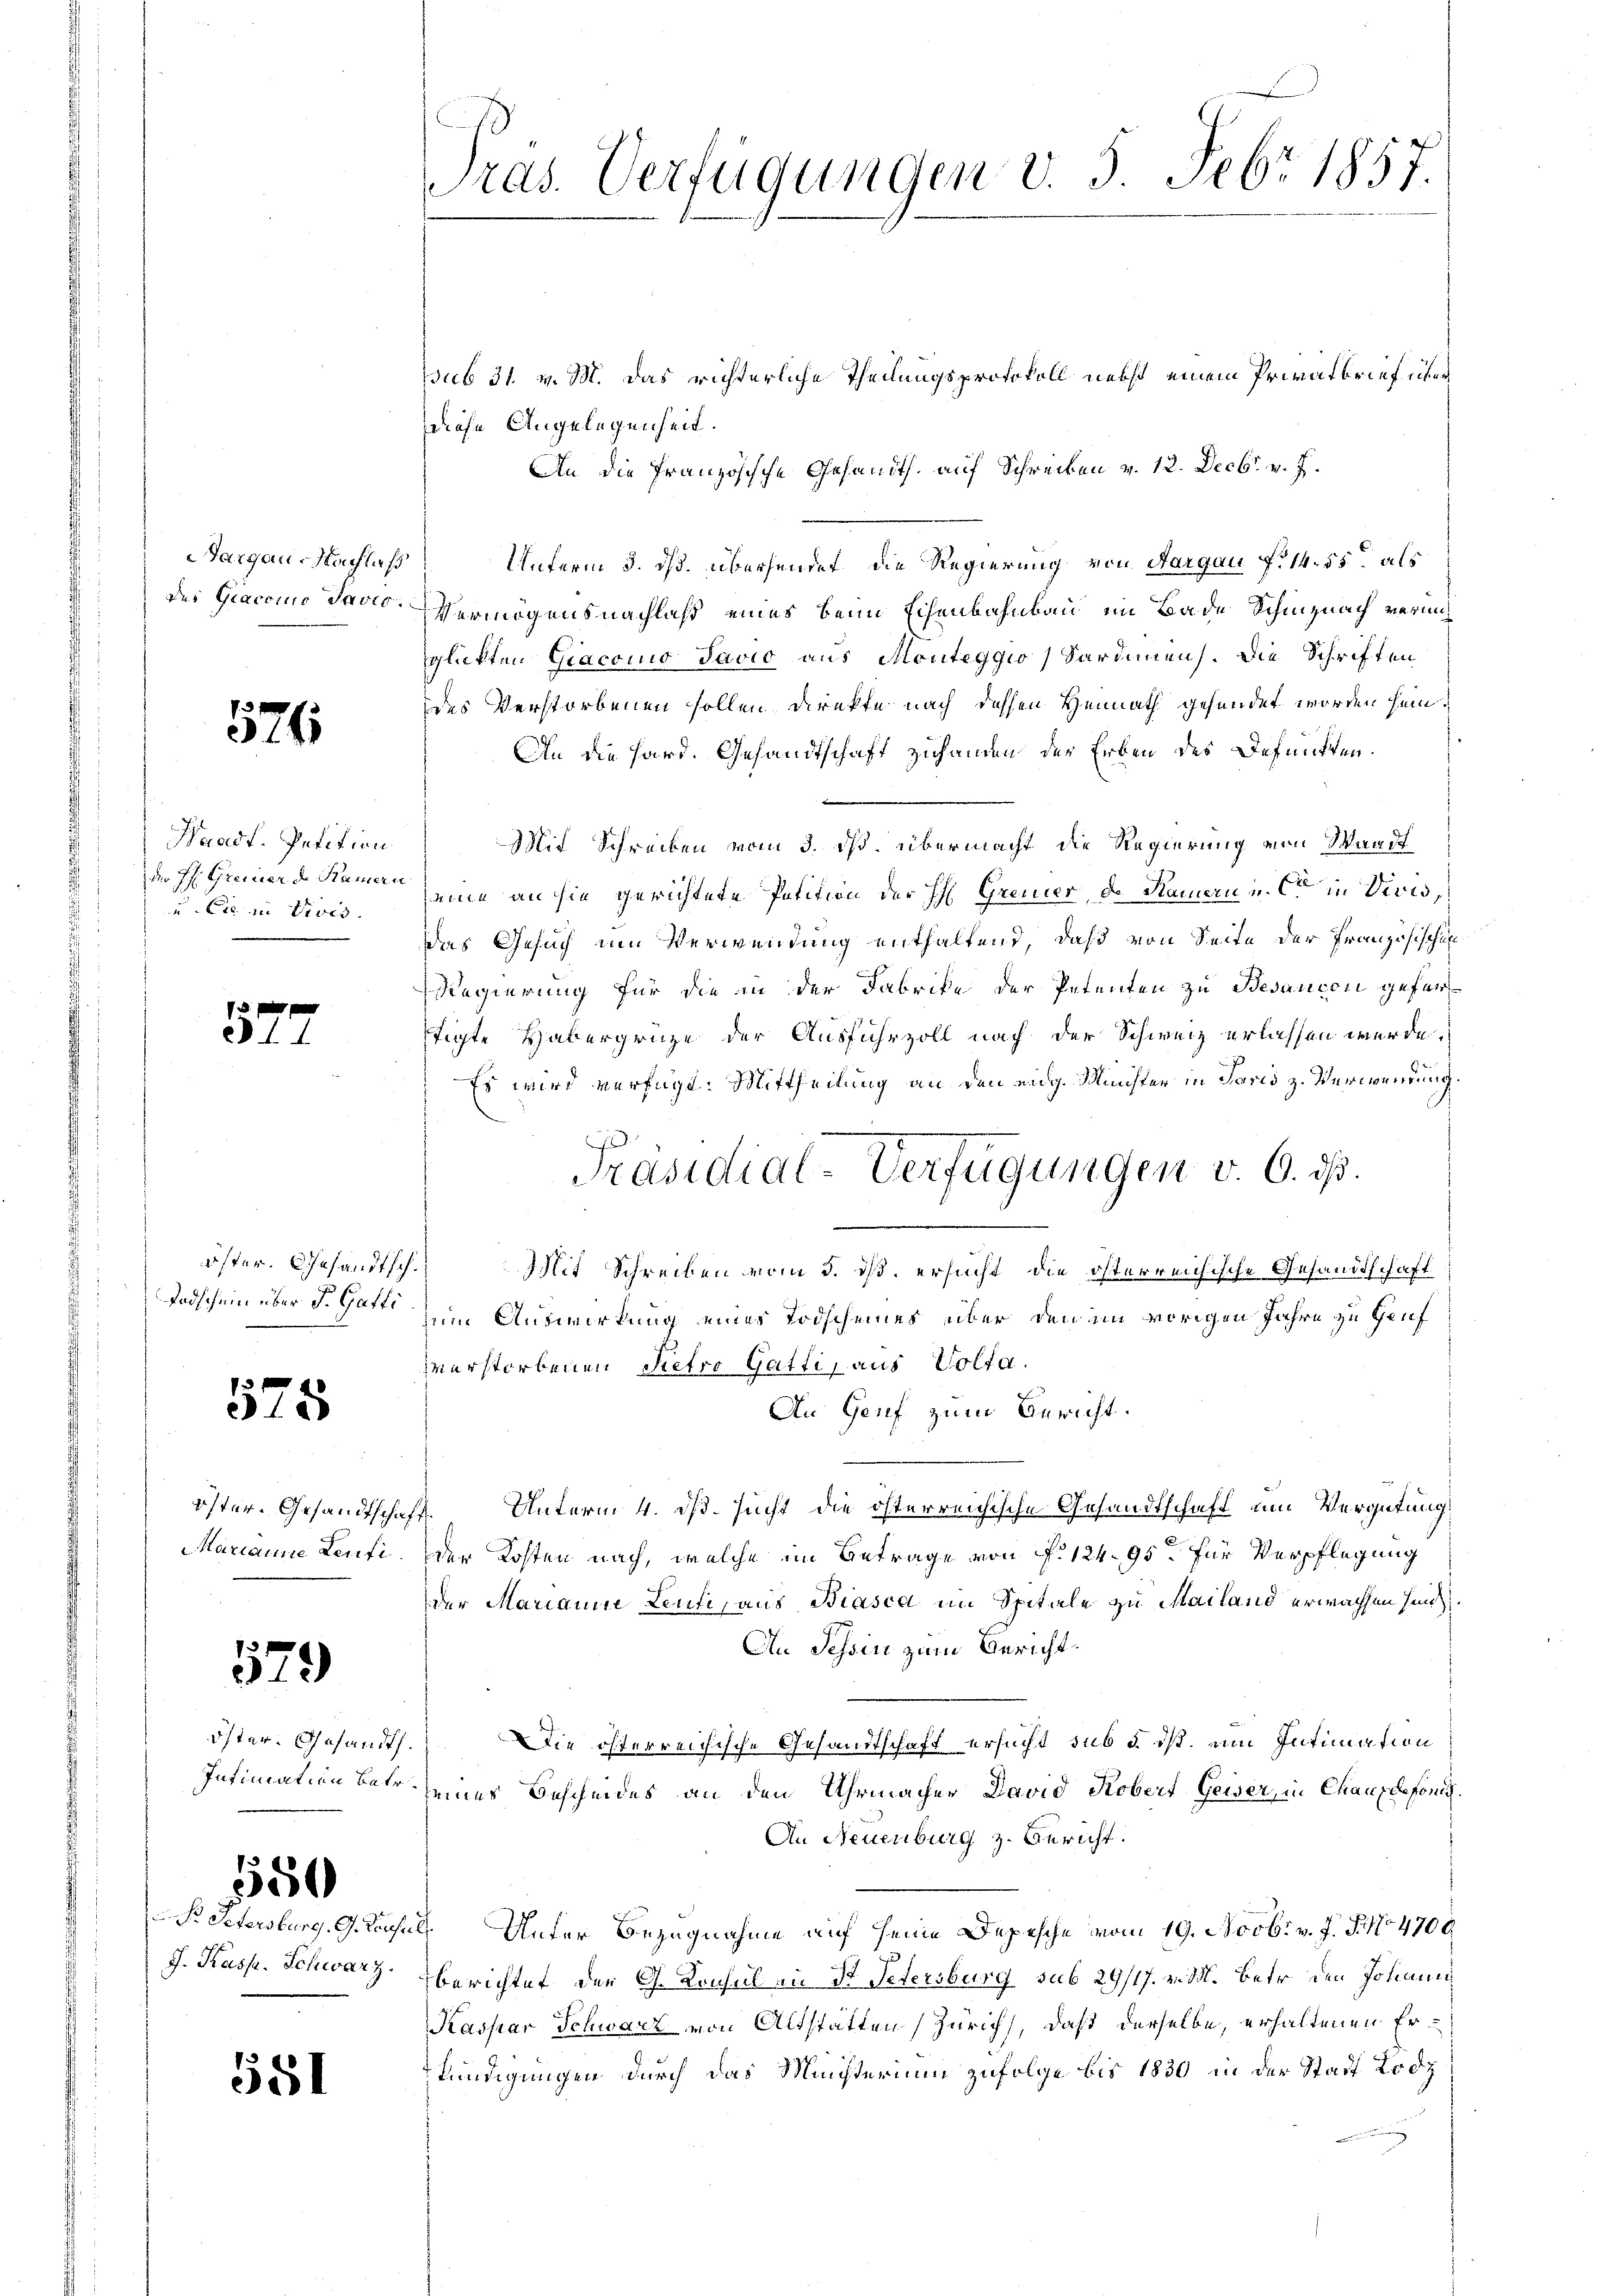
Aargau, Nachlaß
des Gracomo Davio.

576

Waadt, Petition
der H. Greiner de Kamern
u. Cie in Vives.

577

öster. Gesandtsch.
Tadschein über S. Gatti

575

Marianne Leufi

579

Öster. Gesandt.
Intimation betr.

550

P. Petersburg, G. Tousu
J. Kasp. Schwarz.

581

Pras. Verfügungen d. 5. Febr 1857.

ssub 31. v. M. das richterliche Theilungsprotokoll nebst einem Privatbrief über
diese Angelegenheit.
An die Französische Gesandth. auf Schreiben v. 12. Decbr. v. J.
Unterm 3. ds. übersendet die Regierung von Aargau f. 14. 55 als
Vermögensnachlaß eines beim Eisenbahnbau im Bade Schinznach vermi
glickten Giaconio Javio aus Monteggio, Sardinen. Die Schriften
des Verstorbenen sollen, direkte nach dessen Heimath gefundet worden sein.
An die Hard. Gesandtschaft zuhanden der Erben des Befunkten.
Mit Schreiben vom 3. ds. übermacht die Regierung von Waadt
seine an sie gerichtete Petition der H Gremier, d. Kamern u. c. in Divis,
Das Gesuch um Verwendung enthaltend, daß von Seite der Französischen
Regierung für die in der Fabrike der Petenten zu Besaucon geferftigte Habergrüze der Ausfuhrzoll nach der Schweiz erlassen werde.
Es wird verfügt: Mittheilung an den eidg. Münster in Paris z. Verwendung.
Mit Schreiben vom 3. ds. ersucht, die österreichische Gesandtschaft
uin Auswirkung eines Todscheines über den im vorigen Jahre zu Genf
verstorbenen Retro Gatti, aus Volta.
An Genf zum Bericht.
öster. Gesandtschaft. Unterm 4. ds. sucht die österreichische Gesandtschaft um Vergütung
der Kosten nach, welche im Betrage von P. 12495. für Verpflegung
der Marianne Leufi, aus Biasca im Spitale zu Mailand erwachsen sind,
An Schin zum Bericht.
DDie österreichische Gesandtschaft ersucht sub 5. ist, ein Intimation
seines Bescheides an den Uhrmacher David Kobert Gewer, in Chauxdefonis.
An Neuenburg z. Bericht.
d. Unter Bezugnahme auf seine Depesche vom 19. Novbr. v. J. J. 1704706
berichtet der G. Konsul in St. Petersburg sub 29/17. v. Mtt. betr den Johann
Kaspar Schwarz von Altstätten (Zürich, daß derselbe, erhaltenen Erkündigungen durch das Ministerium zufolge bis 1830 in der Stadt Lodz
inung

Präsidial-Verfügungen v. 6. ds.